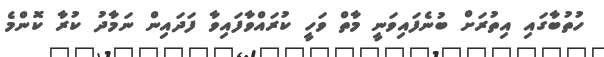
ހުތުބާގައި އިތުރަށް ބުނެފައިވަނީ މާތް ވަހީ ކުރައްވާފައިވާ ފަދައިން ނަމާދު ކުރާ ކޮންމެ